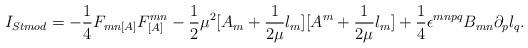
LaTeX: \begin{align*}I_{Stmod} = -\frac{1}{4}F_{mn[A]}F^{mn}_{[A]} - \frac{1}{2}\mu^2[A_{m} + \frac{1}{2\mu}l_m][A^{m} + \frac{1}{2\mu}l_m] + \frac{1}{4}\epsilon^{mnpq}B_{mn}\partial_{p}l_q.\end{align*}